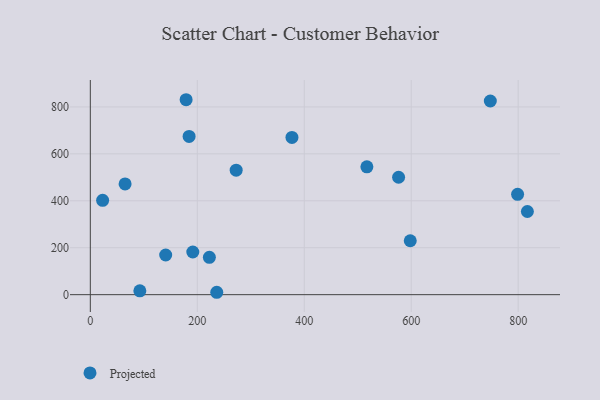
{"axis": {"x": "Speed", "y": "Sales"}, "legend": ["Projected"], "data": [{"x": "598.2", "y": 229.8, "type": "Projected"}, {"x": "191.6", "y": 181.9, "type": "Projected"}, {"x": "517.1", "y": 544.5, "type": "Projected"}, {"x": "236.4", "y": 10.2, "type": "Projected"}, {"x": "23.0", "y": 401.8, "type": "Projected"}, {"x": "576.4", "y": 500.2, "type": "Projected"}, {"x": "179.1", "y": 830.6, "type": "Projected"}, {"x": "377.0", "y": 669.8, "type": "Projected"}, {"x": "747.9", "y": 825.2, "type": "Projected"}, {"x": "222.6", "y": 159.3, "type": "Projected"}, {"x": "65.0", "y": 471.8, "type": "Projected"}, {"x": "798.9", "y": 427.6, "type": "Projected"}, {"x": "92.6", "y": 16.4, "type": "Projected"}, {"x": "140.9", "y": 169.0, "type": "Projected"}, {"x": "184.7", "y": 674.3, "type": "Projected"}, {"x": "817.2", "y": 354.4, "type": "Projected"}, {"x": "272.7", "y": 530.3, "type": "Projected"}]}